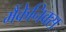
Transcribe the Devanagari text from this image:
मैंकेनिक्‍स